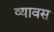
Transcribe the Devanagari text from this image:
व्यावस